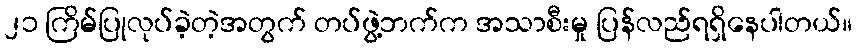
၂၁ ကြိမ်ပြုလုပ်ခဲ့တဲ့အတွက် တပ်ဖွဲ့ဘက်က အသာစီးမှု ပြန်လည်ရရှိနေပါတယ်။